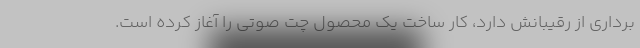
برداری از رقیبانش دارد، کار ساخت یک محصول چت صوتی را آغاز کرده است.